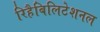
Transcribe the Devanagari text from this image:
रिहैबिलिटेशनल